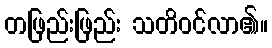
တဖြည်းဖြည်း သတိဝင်လာ၏။